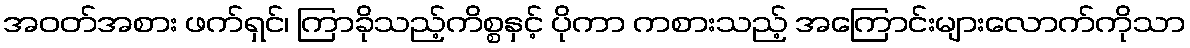
အဝတ်အစား ဖက်ရှင်၊ ကြာခိုသည့်ကိစ္စနှင့် ပိုကာ ကစားသည့် အကြောင်းများလောက်ကိုသာ